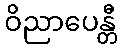
ဝိညာပေန္တီ